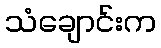
သံချောင်းက